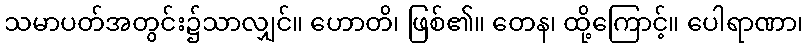
သမာပတ်အတွင်း၌သာလျှင်။ ဟောတိ၊ ဖြစ်၏။ တေန၊ ထို့ကြောင့်။ ပေါရာဏာ၊